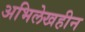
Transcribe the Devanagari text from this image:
अभिलेखहीन